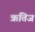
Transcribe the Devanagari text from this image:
ऋतिज